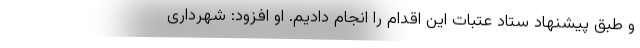
و طبق پیشنهاد ستاد عتبات این اقدام را انجام دادیم. او افزود: شهرداری